Civil Veterinary Department. Central Provinces & Berar 1925-31 - 1925-1931
Year: 1925
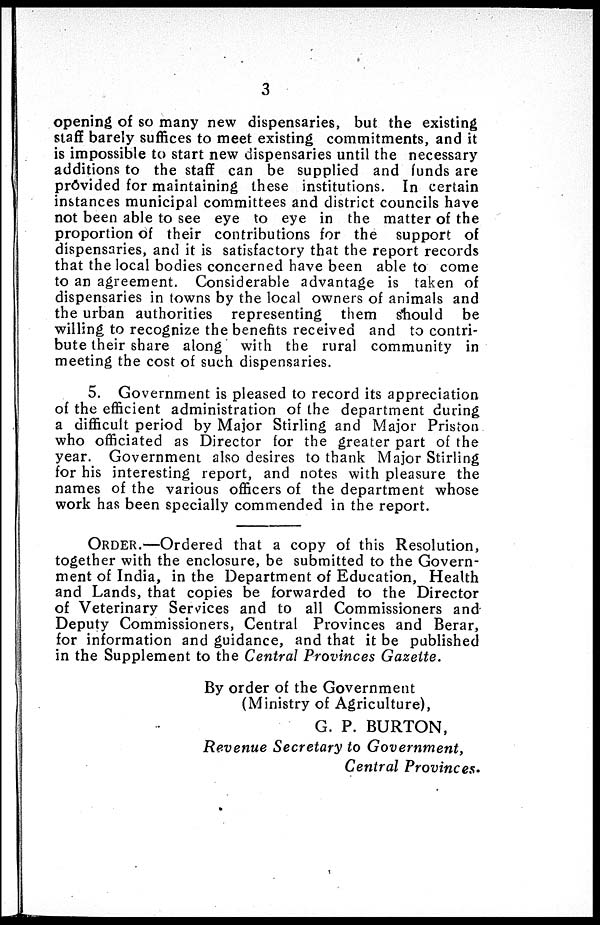
3
opening of so many new dispensaries, but the existing
staff barely suffices to meet existing commitments, and it
is impossible to start new dispensaries until the necessary
additions to the staff can be supplied and funds are
provided for maintaining these institutions. In certain
instances municipal committees and district councils have
not been able to see eye to eye in the matter of the
proportion of their contributions for the support of
dispensaries, and it is satisfactory that the report records
that the local bodies concerned have been able to come
to an agreement. Considerable advantage is taken of
dispensaries in towns by the local owners of animals and
the urban authorities representing them should be
willing to recognize the benefits received and to contri-
bute their share along with the rural community in
meeting the cost of such dispensaries.
5. Government is pleased to record its appreciation
of the efficient administration of the department during
a difficult period by Major Stirling and Major Priston
who officiated as Director for the greater part of the
year. Government also desires to thank Major Stirling
for his interesting report, and notes with pleasure the
names of the various officers of the department whose
work has been specially commended in the report.
ORDER.—Ordered that a copy of this Resolution,
together with the enclosure, be submitted to the Govern-
ment of India, in the Department of Education, Health
and Lands, that copies be forwarded to the Director
of Veterinary Services and to all Commissioners and
Deputy Commissioners, Central Provinces and Berar,
for information and guidance, and that it be published
in the Supplement to the Central Provinces Gazette.
By order of the Government
(Ministry of Agriculture),
G. P. BURTON,
Revenue Secretary to Government,
Central Provinces.